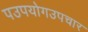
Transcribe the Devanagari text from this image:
पउपयोगउपचार